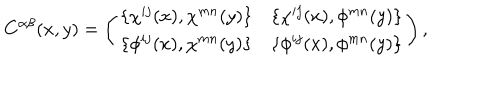
LaTeX: C ^ { \alpha \beta } ( x , y ) = \left( \begin{array} { c c } { { \{ \chi ^ { i j } ( x ) , \chi ^ { m n } ( y ) \} } } & { { \{ \chi ^ { i j } ( x ) , \phi ^ { m n } ( y ) \} } } \\ { { \{ \phi ^ { i j } ( x ) , \chi ^ { m n } ( y ) \} } } & { { \{ \phi ^ { i j } ( x ) , \phi ^ { m n } ( y ) \} } } \\ \end{array} \right) ,